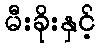
မီးခိုးနှင့်